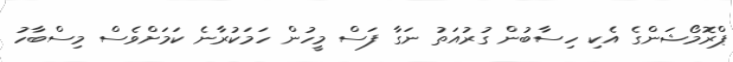
ޕްރޮމޯޝަންގެ އެކި ހިސާބުން ގުރުއަތު ނަގާ ފަސް މީހުން ހަމަކުރާނެ ކަމަށްވެސް މިސްބާހު